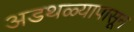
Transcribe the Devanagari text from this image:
अडथळ्यापासून